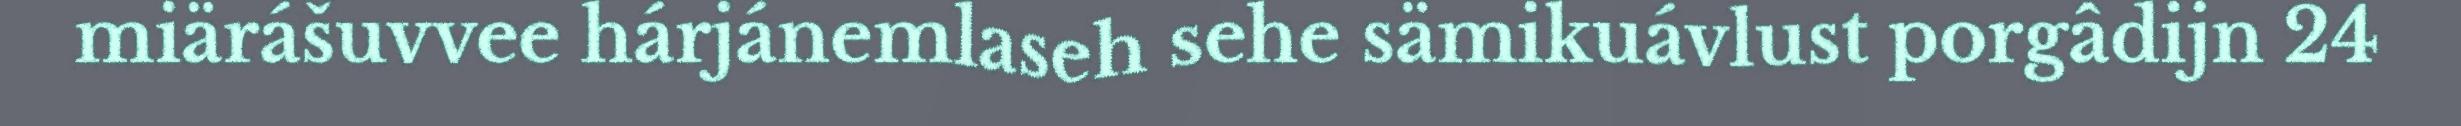
miärášuvvee hárjánemlaseh sehe sämikuávlust porgâdijn 24